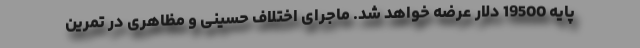
پایه 19500 دلار عرضه خواهد شد. ماجرای اختلاف حسینی و مظاهری در تمرین